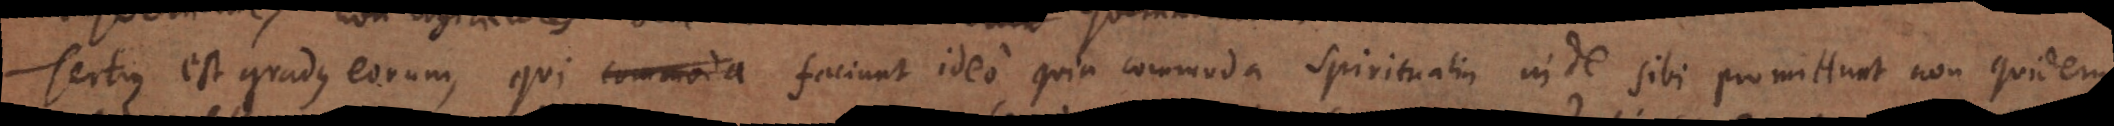
Tertius est gradus eorum, qui commoda faciunt ideo quia commoda spiritualia inde sibi promittunt non quidem